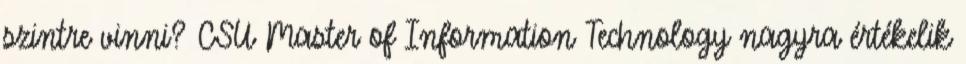
szintre vinni? CSU Master of Information Technology nagyra értékelik